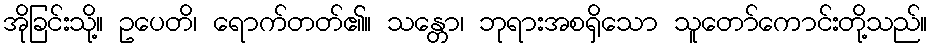
အိုခြင်းသို့။ ဥပေတိ၊ ရောက်တတ်၏။ သန္တော၊ ဘုရားအစရှိသော သူတော်ကောင်းတို့သည်။